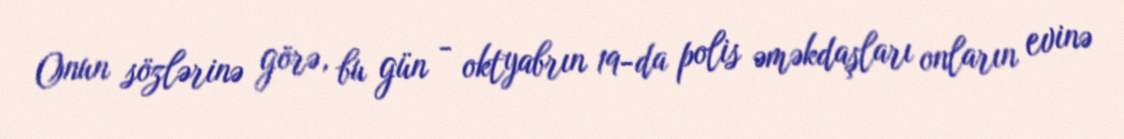
Onun sözlərinə görə, bu gün - oktyabrın 19-da polis əməkdaşları onların evinə